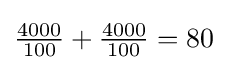
{\tfrac {4000}{100}}+{\tfrac {4000}{100}}=80